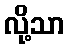
လို့သာ